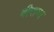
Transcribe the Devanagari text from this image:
वीराग्य